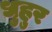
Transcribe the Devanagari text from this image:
धुहुर